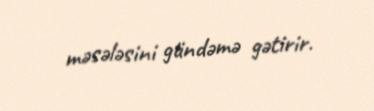
məsələsini gündəmə gətirir.